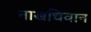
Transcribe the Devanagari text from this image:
नाखचिवान